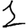
Digit: 1